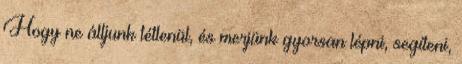
Hogy ne álljunk tétlenül, és merjünk gyorsan lépni, segíteni,